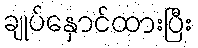
ချုပ်နှောင်ထားပြီး